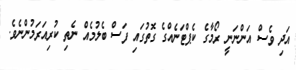
އަދި ވެސް އަންނަނީ ރޯމާގެ ކެޕްޓަނެއްގެ ގޮތުގައި ފަސް ބެލުމެއް ނެތި ކުރިއަރަމުންނެވެ.